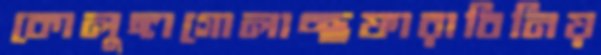
কোলুঙ্গাগোলাচ্ছফারাবিনিয়